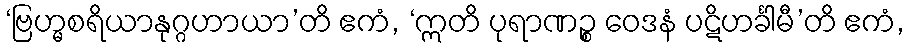
‘ဗြဟ္မစရိယာနုဂ္ဂဟာယာ’တိ ဧကံ, ‘ဣတိ ပုရာဏဉ္စ ဝေဒနံ ပဋိဟင်္ခါမီ’တိ ဧကံ,